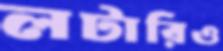
লটারিও